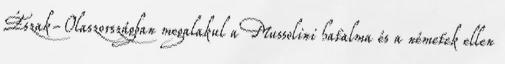
Észak-Olaszországban megalakul a Mussolini hatalma és a németek ellen